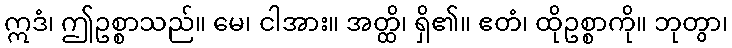
ဣဒံ၊ ဤဥစ္စာသည်။ မေ၊ ငါအား။ အတ္ထိ၊ ရှိ၏။ ဧတံ၊ ထိုဥစ္စာကို။ ဘုတွာ၊